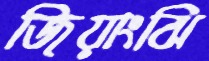
জিয়াংঝি